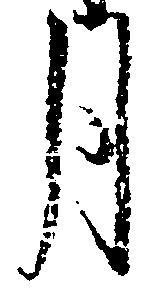
月